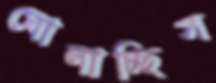
ঘোলাচ্ছিস